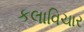
કલાવિચાર